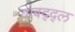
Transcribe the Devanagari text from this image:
याबद्द्ल